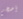
أضخم